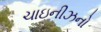
ચાઇનીઝનો